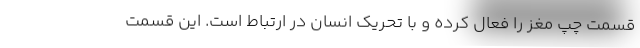
قسمت چپ مغز را فعال کرده و با تحریک انسان در ارتباط است. این قسمت